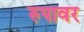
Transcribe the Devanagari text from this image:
रुपावर